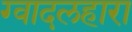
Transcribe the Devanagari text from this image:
ग्वादलहारा